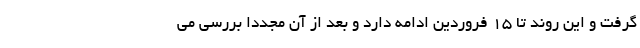
گرفت و این روند تا ۱۵ فروردین ادامه دارد و بعد از آن مجددا بررسی می